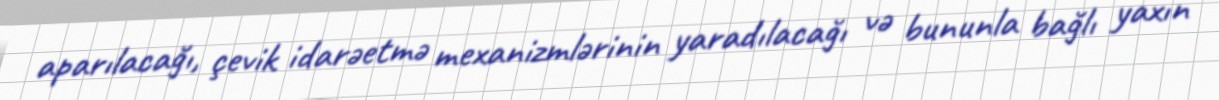
aparılacağı, çevik idarəetmə mexanizmlərinin yaradılacağı və bununla bağlı yaxın